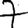
Digit: 7